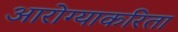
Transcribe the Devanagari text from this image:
आरोग्याकरिता